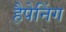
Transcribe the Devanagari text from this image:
हैपेनिंग